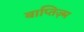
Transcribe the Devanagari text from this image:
बाप्तिज़्म